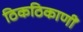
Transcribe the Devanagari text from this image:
ठिकठिकाणीं